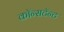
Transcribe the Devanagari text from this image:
कॉन्सटॅन्ट